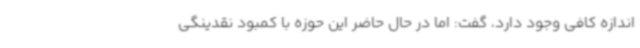
اندازه کافی وجود دارد، گفت: اما در حال حاضر این حوزه با کمبود نقدینگی